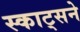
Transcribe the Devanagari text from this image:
स्काट्सने